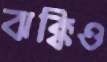
ঝক্কিও